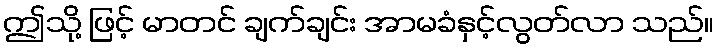
ဤသို့ ဖြင့် မာတင် ချက်ချင်း အာမခံနှင့်လွတ်လာ သည်။